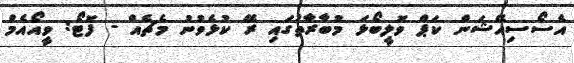
އެސޯސިއޭޝަން ކަޕް ވޮލީބޯޅަ މުބާރާތުގައި ރޭ ކުޅެވުނު މެޗެއް - ފޮޓޯ: ވީއޯއެމް